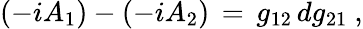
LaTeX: (-iA_{1})-(-iA_{2})\, =\, g_{12}\, dg_{21}\ ,